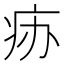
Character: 𰣧